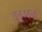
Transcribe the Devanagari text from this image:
वळूबद्दल